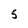
Character: 5